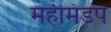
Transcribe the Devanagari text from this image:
महीमंडप